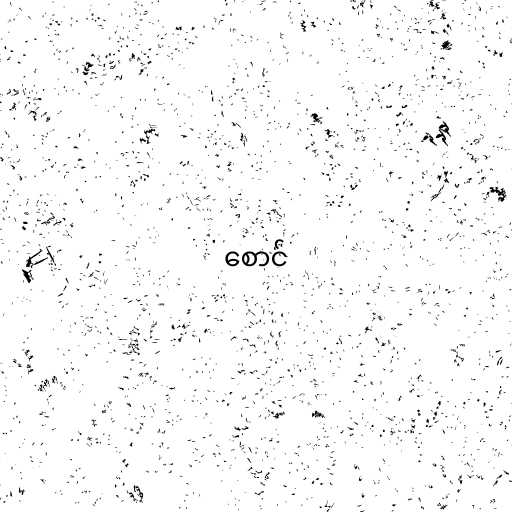
စောင်